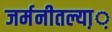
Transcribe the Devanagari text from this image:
जर्मनीतल्या़़